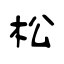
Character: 松